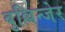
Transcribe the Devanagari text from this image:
बुल्लिन्जेर